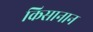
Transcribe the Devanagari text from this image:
किसानान